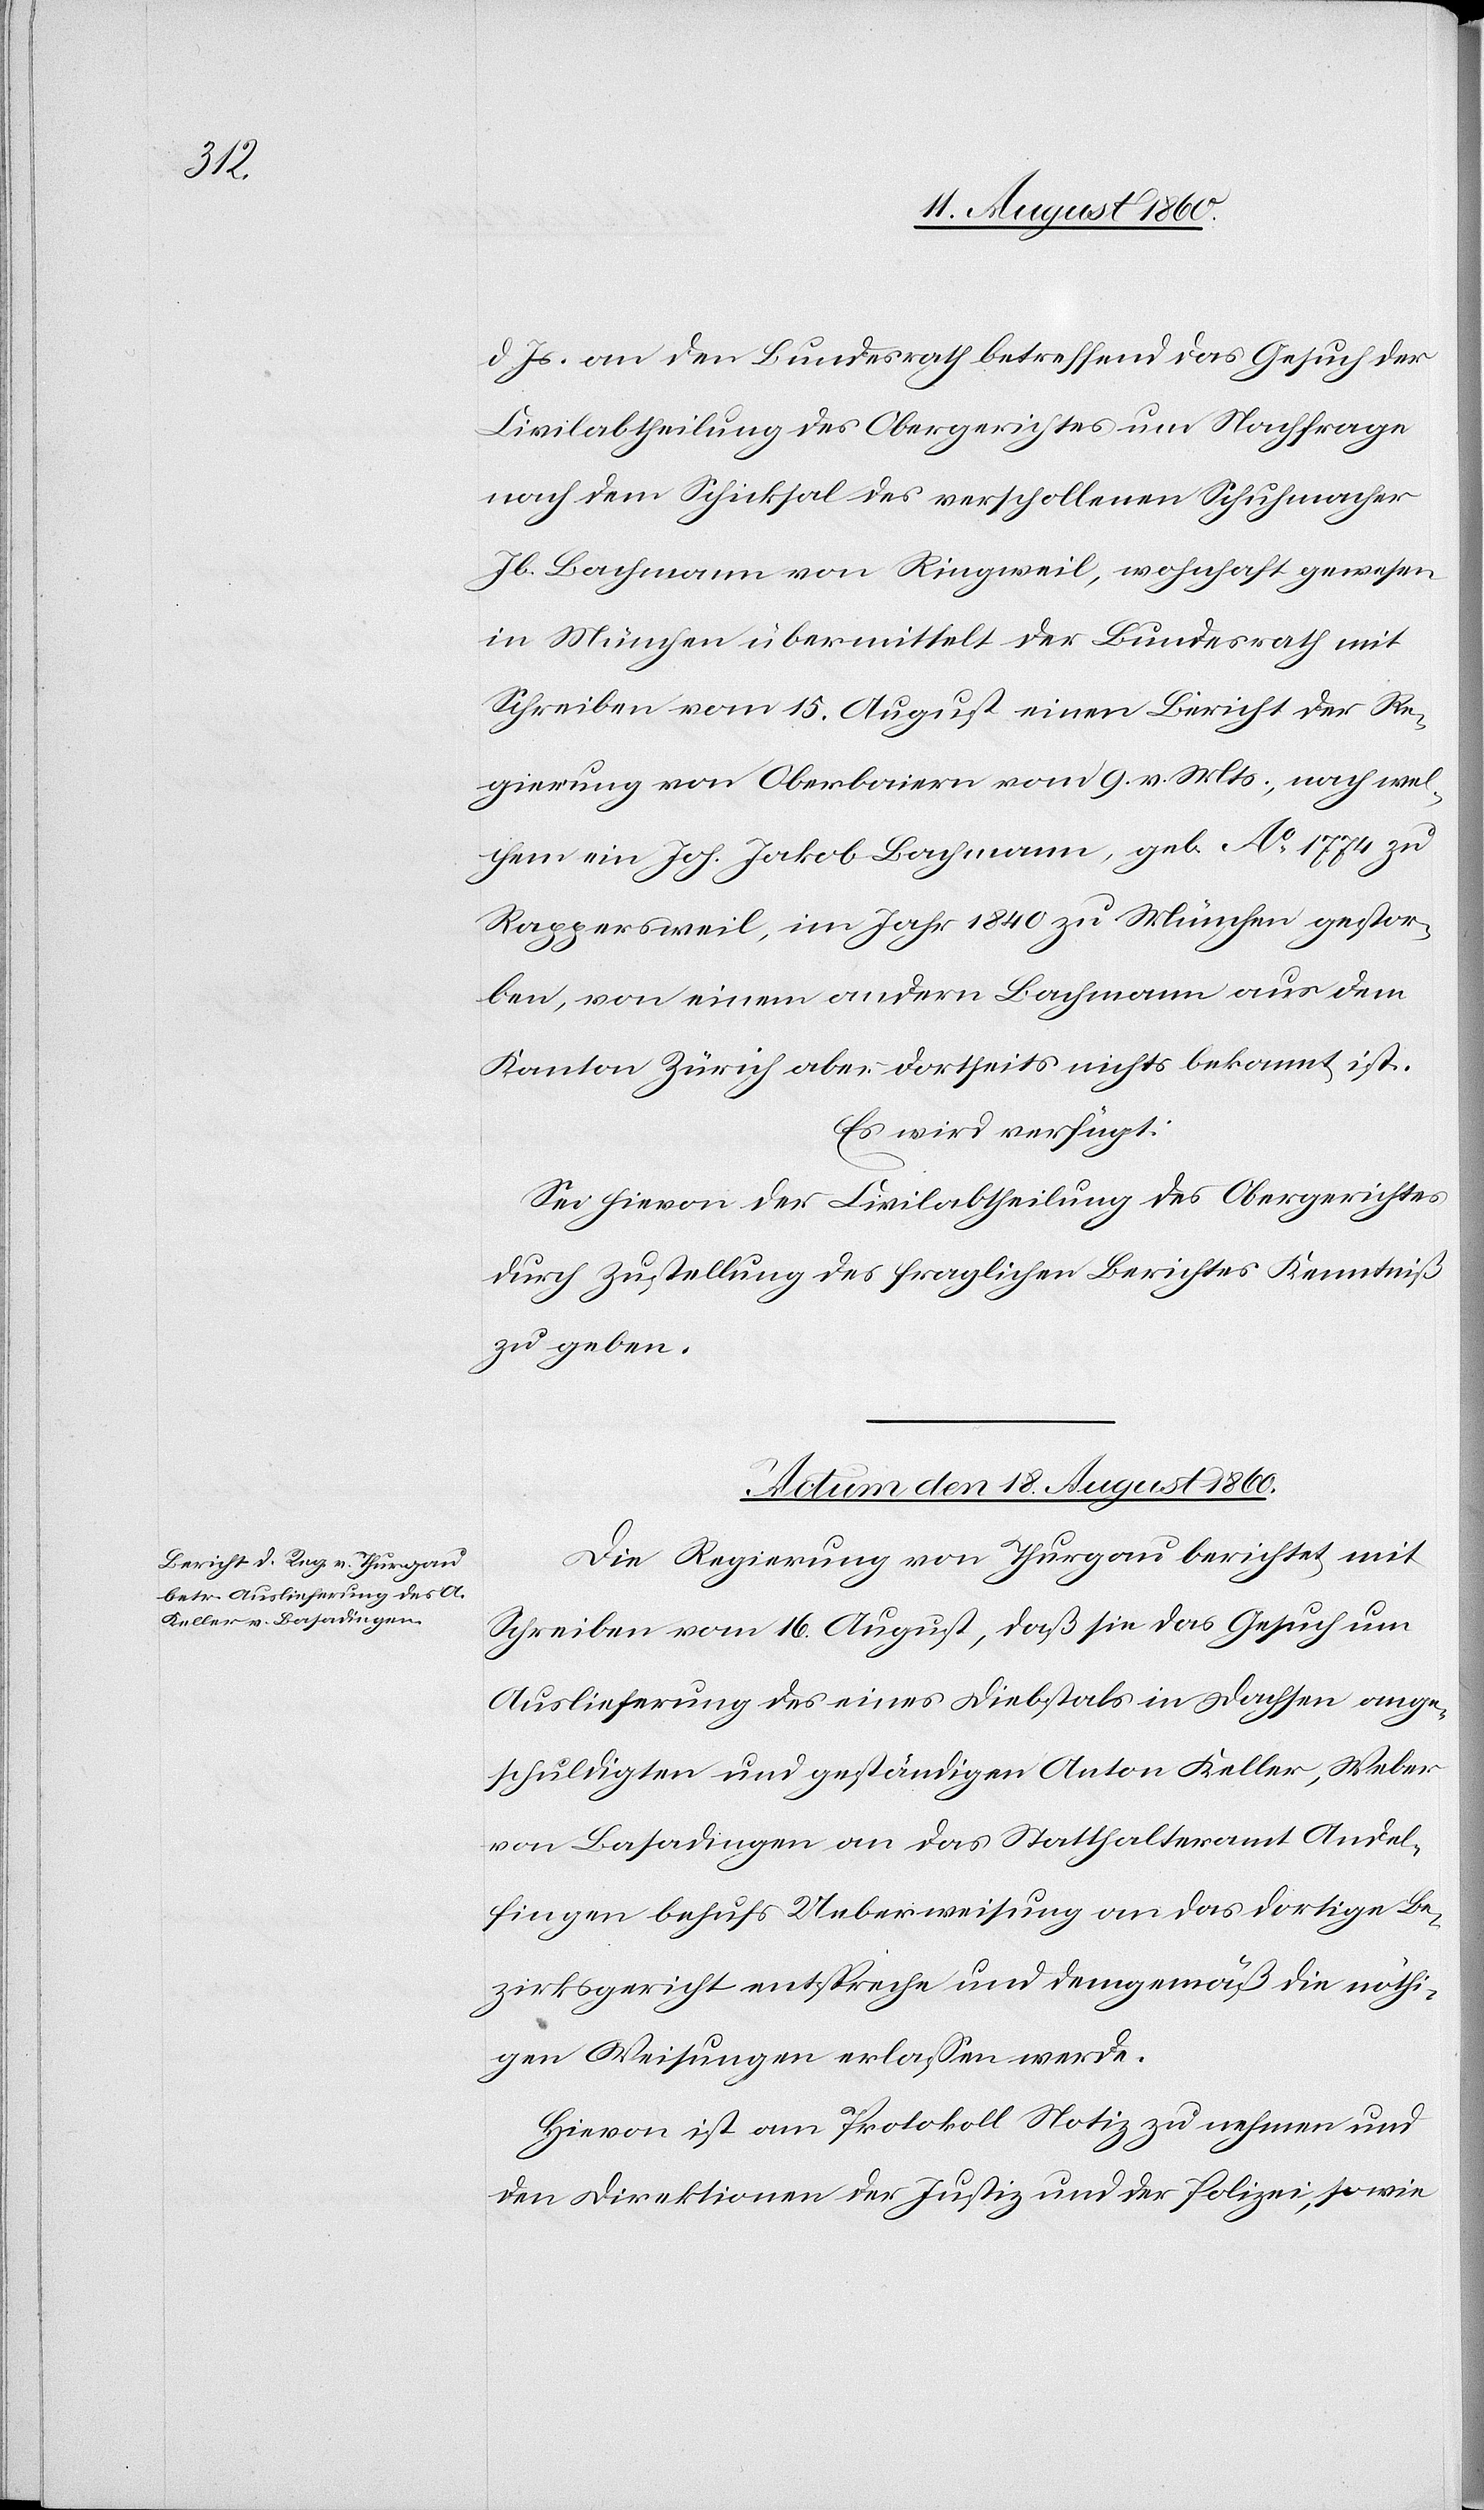
d. Js. an den Bundesrath betreffend das Gesuch der
Civilabtheilung des Obergerichtes um Nachfrage
nach dem Schicksal des verschollenen Schuhmacher
Jb. Bachmann von Ringweil, wohnhaft gewesen
in München, übermittelt der Bundesrath mit
Schreiben vom 15. August einen Bericht der Re¬
gierung von Oberbaiern vom 9. v. Mts, nach wel¬
chem ein Joh. Jakob Bachmann, geb. AO 1774 zu
Rappersweil, im Jahr 1840 zu München gestor¬
ben, von einem andern Bachmann aus dem
Kanton Zürich aber dortseits nichts bekannt ist.
Es wird verfügt
Sei hievon der Civilabtheilung des Obergerichtes
durch Zustellung des fraglichen Berichtes Kenntniss
zu geben.
Actum den 18. August 1860.
Die Regierung von Thurgau berichtet mit
Schreiben vom 16. August, dass sie das Gesuch um
Auslieferung des eines Diebstals in Dachsen ange¬
schuldigten und geständigen Anton Keller, Weber
von Basadingen an das Statthalteramt Andel¬
fingen behufs Ueberweisung an das dortige Be¬
zirksgericht entspreche und demgemäss die nöthi¬
gen Weisungen erlassen werde.
Hievon ist am Protokoll Notiz zu nehmen u.
den Direktionen der Justiz und der Polizei, sowie